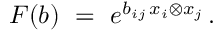
F ( b ) \ = \ e ^ { b _ { i j } \, x _ { i } \otimes x _ { j } } \, .